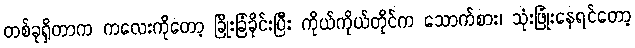
တစ်ခုရှိတာက ကလေးကိုတော့ ခြိုးခြံခိုင်းပြီး ကိုယ်ကိုယ်တိုင်က သောက်စား၊ သုံးဖြုံးနေရင်တော့